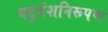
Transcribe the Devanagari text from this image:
यदुवंशनिरूपण